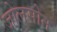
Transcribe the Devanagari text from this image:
जोलसोन